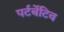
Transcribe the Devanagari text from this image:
पर्टर्बेटिव